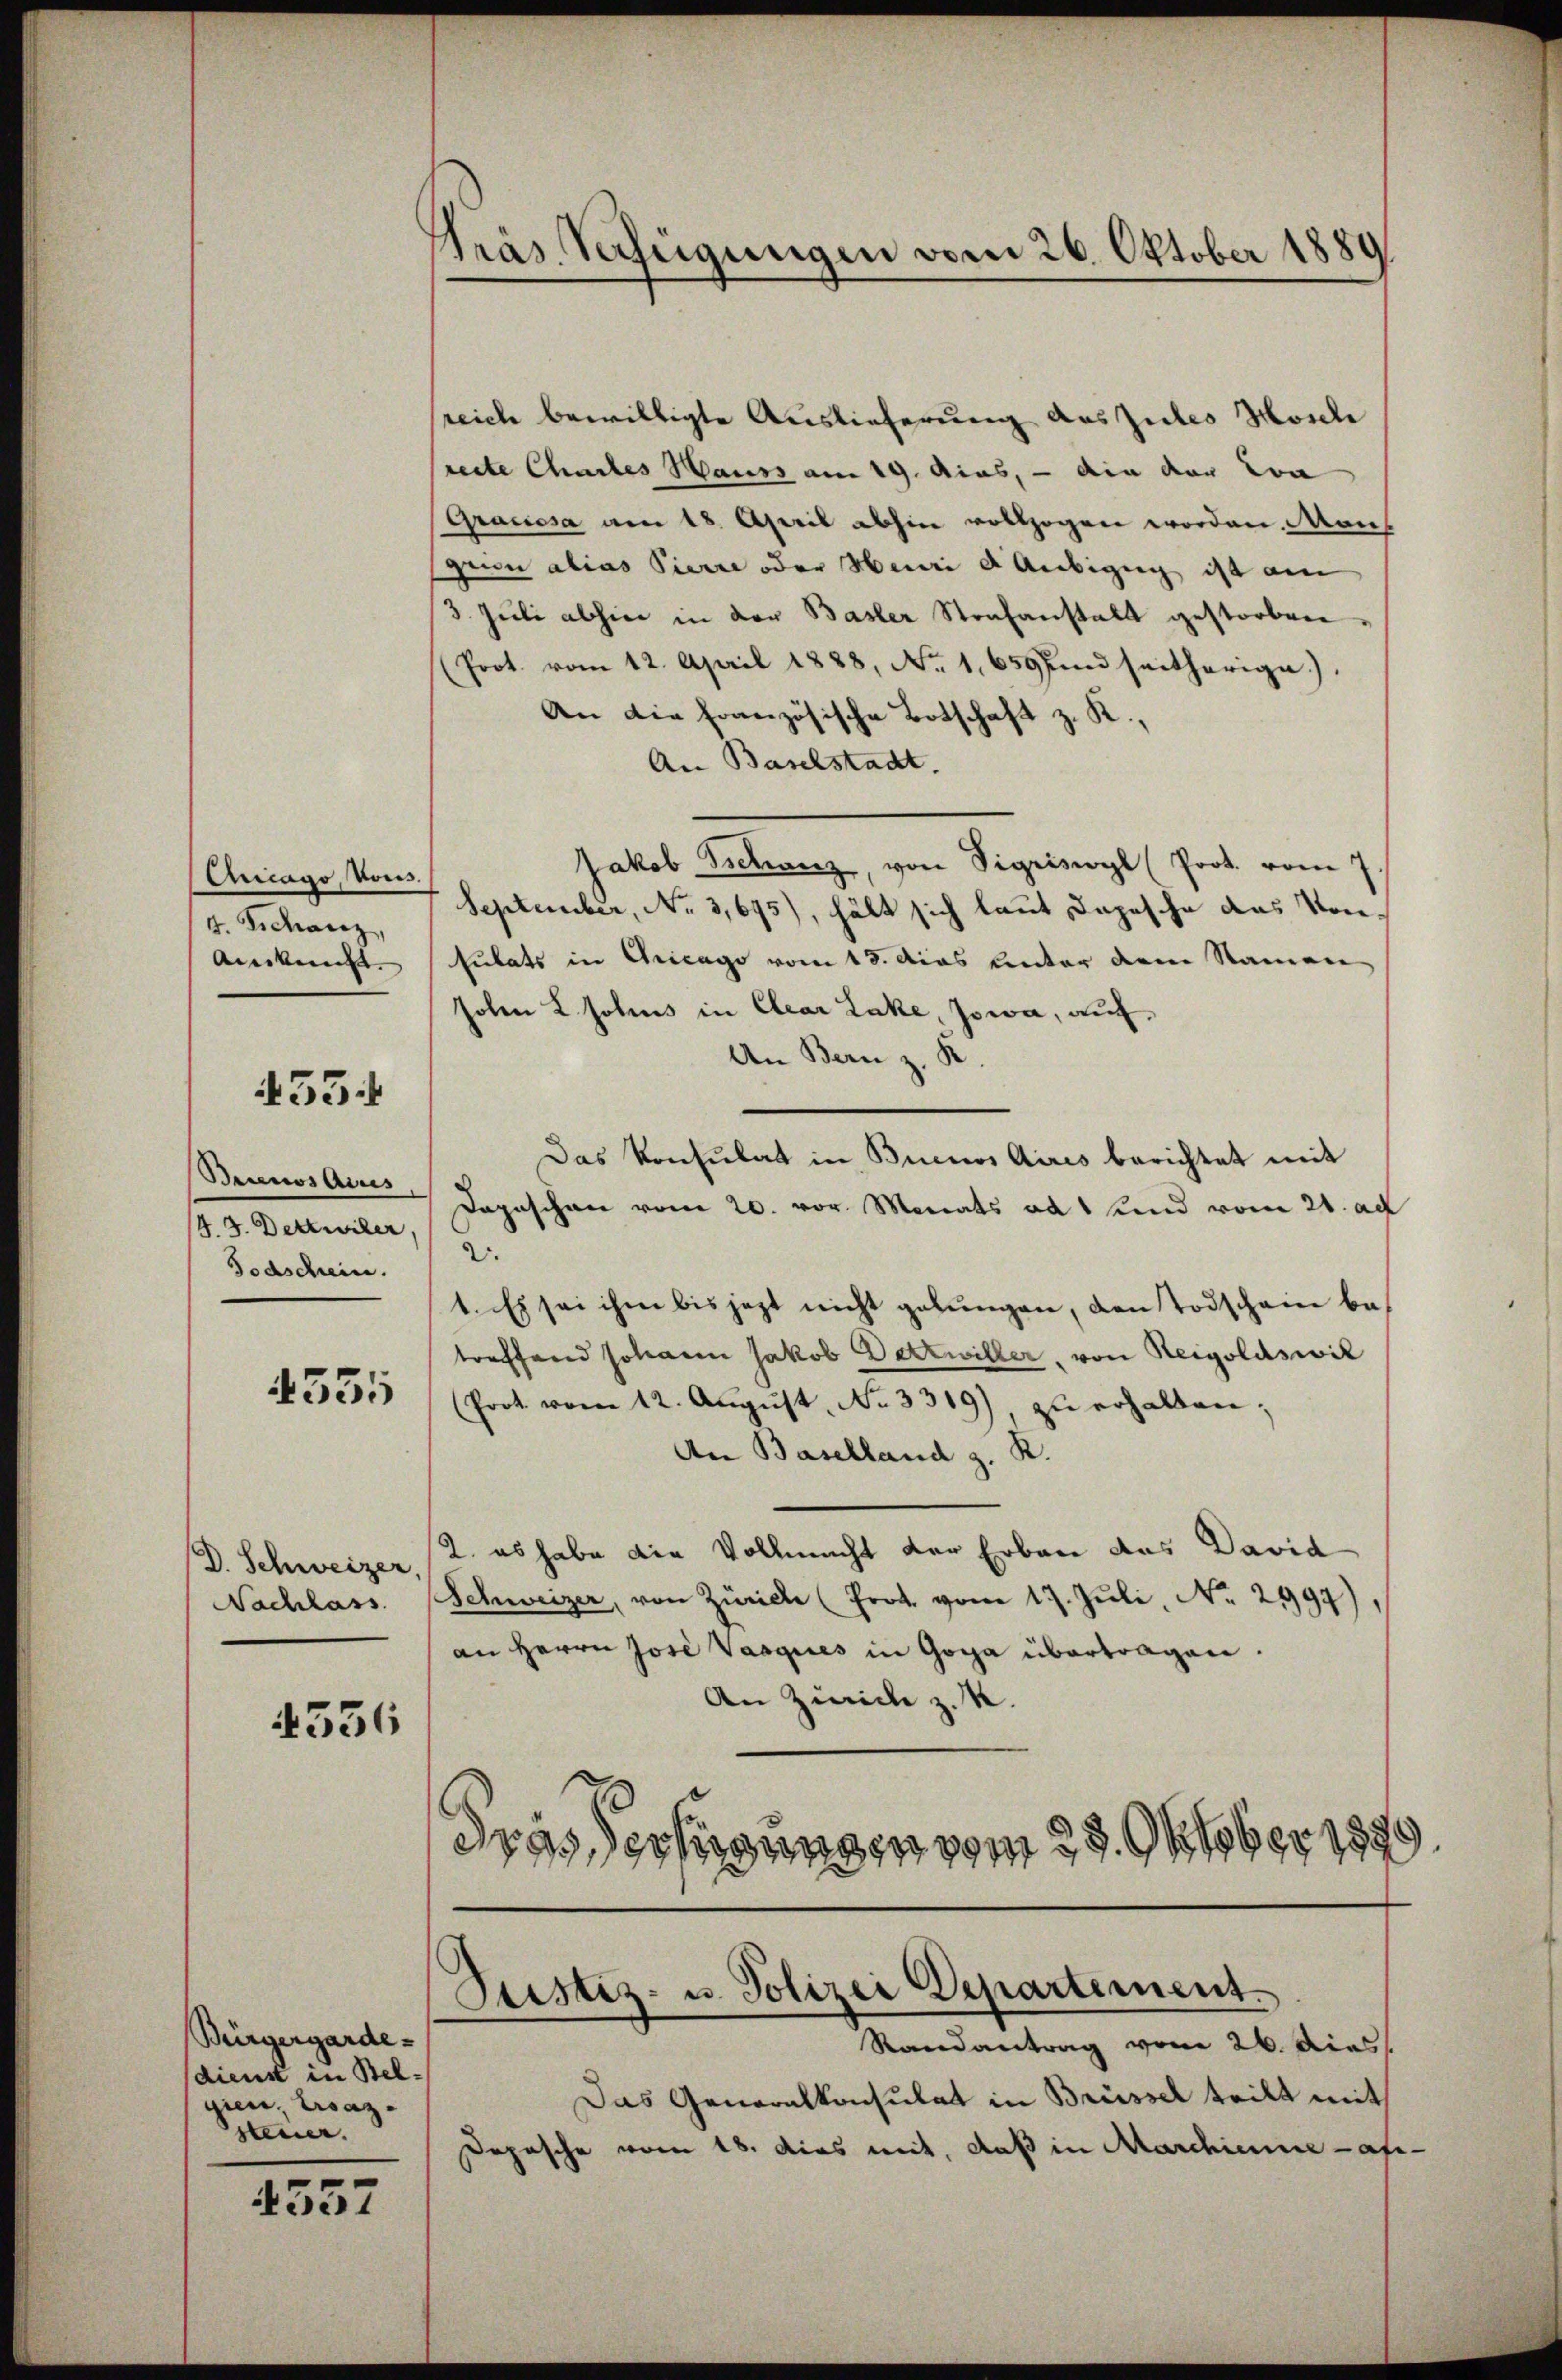
Ancago, Vous.
d. Schatz,
Anken |

455

Brinos Aires
/4. 3. Dettwiler,
Todschrein.

4355

D. Schweizer
Nachlass

4336

Bürgergarde-
dienst in Belgien, Ersaz.
steuer.

4557

Pras Verfügungen vom 26. Oktober 1889

reich bewilligte Auslieferung des Zubes Mosche
reite Chartes Hauss am 19. Ains, – die der La
Gracosa am 18. April abhin vollzogen worden. Man
geon alias Pierre oder Henri d Anbigug ist am
/3. Jŭli abhin in der Basler Strafanstalt gestorben,
Prot. vom 12. April 1888, No. 1659 fand seitherige),
An die französische Botschaft z. R.,
An Baselstadt.
Jakob Tschanz, von Sigriswyl (Prot. vom 7
September, No 3,695), hält sich laut Depesche das Vorsulats in Gricago vom 15. Das unter dem Namen
holen L. Johns in Clear Lake, Jowa, auch
An Bern z. R.
Das Konsulat in Buenos Aires berichtet mit
Depeschen vom 20. vor. Monats ad 1 und vom 21. ad
2.
1. Es sei ihm bis jezt nicht gelungen, den Todschein betreffend Johann Jakob Detzwiller, von Reigoldswil
(Prot vom 12. Aŭgŭst No. 3319), zŭ erhalten;
An Baselland z. R.
2. es habe die Vollmacht der Erbau das David
Schweizer, von Zürich (Prot. vom 17. Jŭli, No. 2997)
an Herrn Jose Vargies in Goga übertragen.
An Zürich z. B.
Gras Verfügungen vom 29. Oktober 1889

Justiz- u. Polizei Departement.
Randantrag vom 26. die

Das Generalkonsulat in Brüssel teilt mit
Depesche vom 18. Das mit, daß in Marchienne afe-